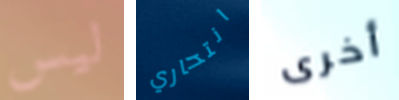
ليس انتحاري أخرى